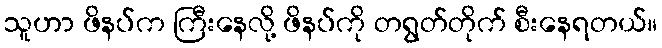
သူဟာ ဖိနပ်က ကြီးနေလို့ ဖိနပ်ကို တရွတ်တိုက် စီးနေရတယ်။